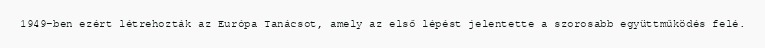
1949-ben ezért létrehozták az Európa Tanácsot, amely az első lépést jelentette a szorosabb együttműködés felé.